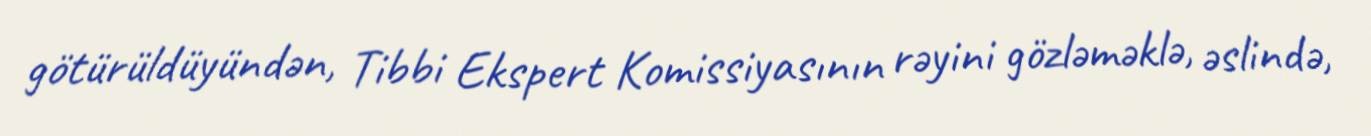
götürüldüyündən, Tibbi Ekspert Komissiyasının rəyini gözləməklə, əslində,